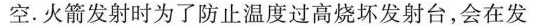
空。火箭发射时为了防止温度过高烧坏发射台，会在发